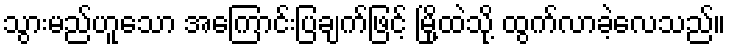
သွားမည်ဟူသော အကြောင်းပြချက်ဖြင့် မြို့ထဲသို့ ထွက်လာခဲ့လေသည်။